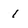
Character: i